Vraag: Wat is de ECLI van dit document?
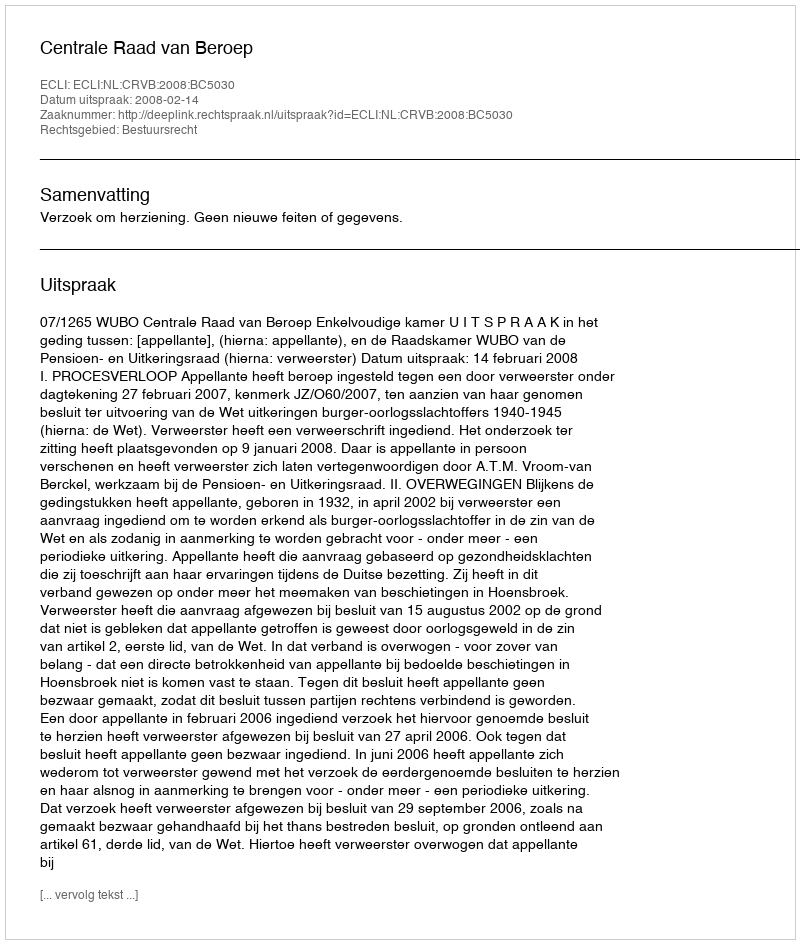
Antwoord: ECLI:NL:CRVB:2008:BC5030